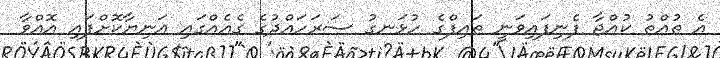
އެ ތުއްތު ކުއްޖާ ފެނިފައިވަނީ ތައިފްގެ ހުޅަނގު ސަރަހައްދުގެ ގެއެއްގައި އަނިޔާކޮށްފައި އޮއްވާ